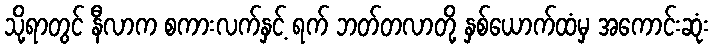
သို့ရာတွင် နီလာက စကားလက်နှင့် ရက် ဘတ်တလာတို့ နှစ်ယောက်ထံမှ အကောင်းဆုံး